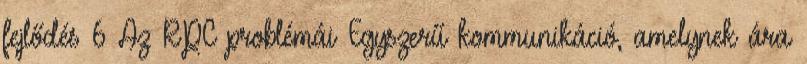
fejlődés 6 Az RPC problémái Egyszerű kommunikáció, amelynek ára